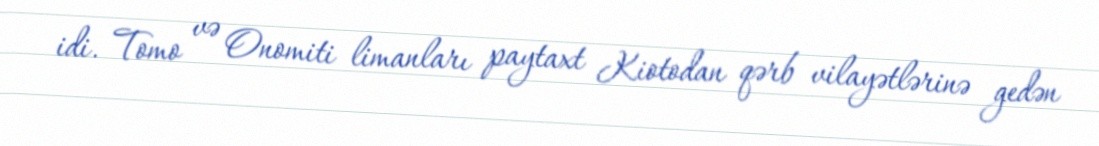
idi. Tomo və Onomiti limanları paytaxt Kiotodan qərb vilayətlərinə gedən